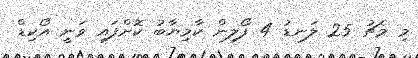
މި މެޗު 25 ލަނޑު 4 ފޯލިން ކާމިޔާބު ކޮށްފައި ވަނީ އޯކިޑް